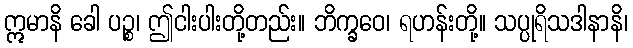
ဣမာနိ ခေါ ပဉ္စ၊ ဤငါးပါးတို့တည်း။ ဘိက္ခဝေ၊ ရဟန်းတို့။ သပ္ပုရိသဒါနာနိ၊